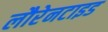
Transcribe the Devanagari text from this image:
लौरेनटाइड